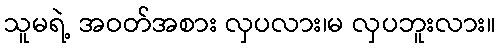
သူမရဲ့ အဝတ်အစား လှပလား၊မ လှပဘူးလား။